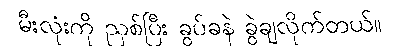
မီးလုံးကို ညှစ်ပြီး ခွပ်ခနဲ ခွဲချလိုက်တယ်။